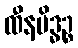
ထီနမိဒ္ဓဉ္စ